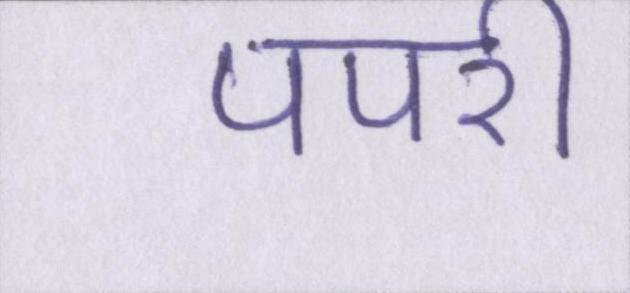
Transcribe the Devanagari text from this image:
पपरी